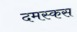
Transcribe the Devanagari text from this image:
दमस्कस